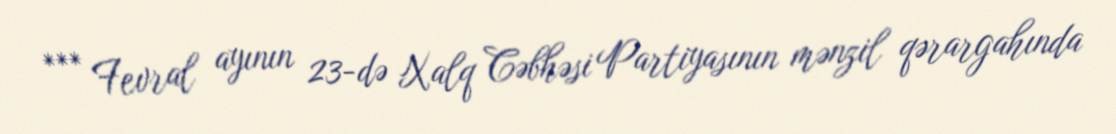
*** Fevral ayının 23-də Xalq Cəbhəsi Partiyasının mənzil qərargahında